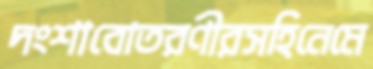
দংশাবোতরণীরসহিনেমে